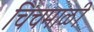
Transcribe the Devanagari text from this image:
चिंचमाळी